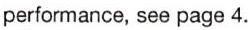
performance, see page 4.